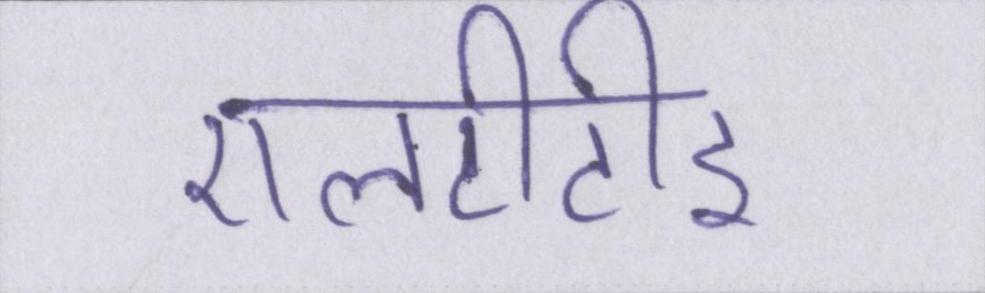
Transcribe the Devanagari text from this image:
एलटीटीइ